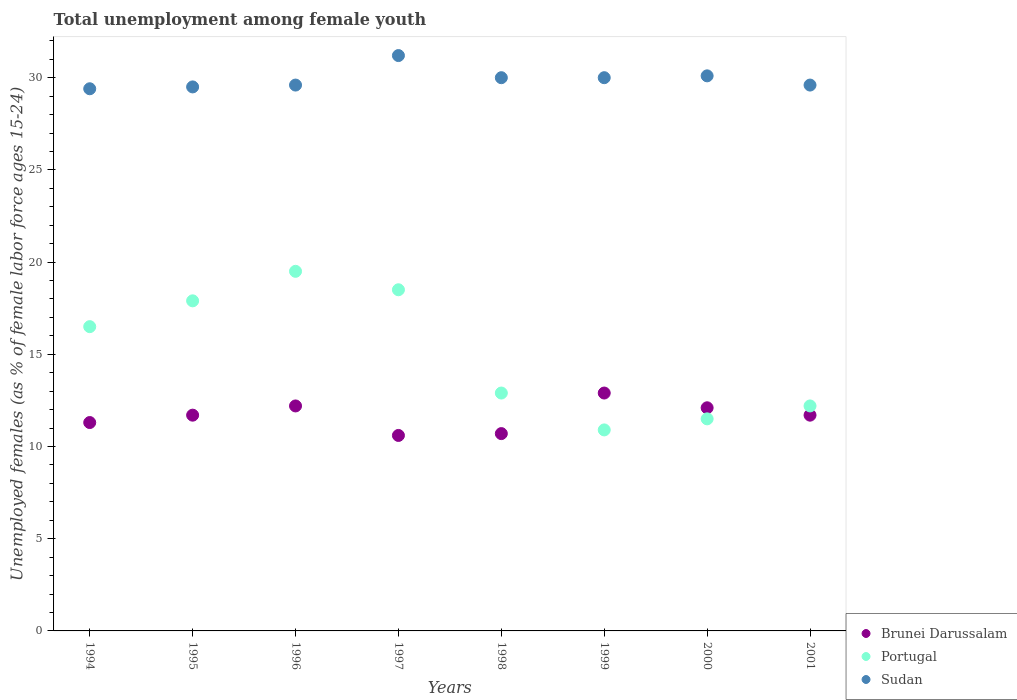
| Years | Brunei Darussalam | Portugal | Sudan |
 | --- | --- | --- | --- |
 | 1994 | 11.3 | 16.5 | 29.4 |
 | 1995 | 11.7 | 17.9 | 29.5 |
 | 1996 | 12.2 | 19.5 | 29.6 |
 | 1997 | 10.6 | 18.5 | 31.2 |
 | 1998 | 10.7 | 12.9 | 30 |
 | 1999 | 12.9 | 10.9 | 30 |
 | 2000 | 12.1 | 11.5 | 30.1 |
 | 2001 | 11.7 | 12.2 | 29.6 |